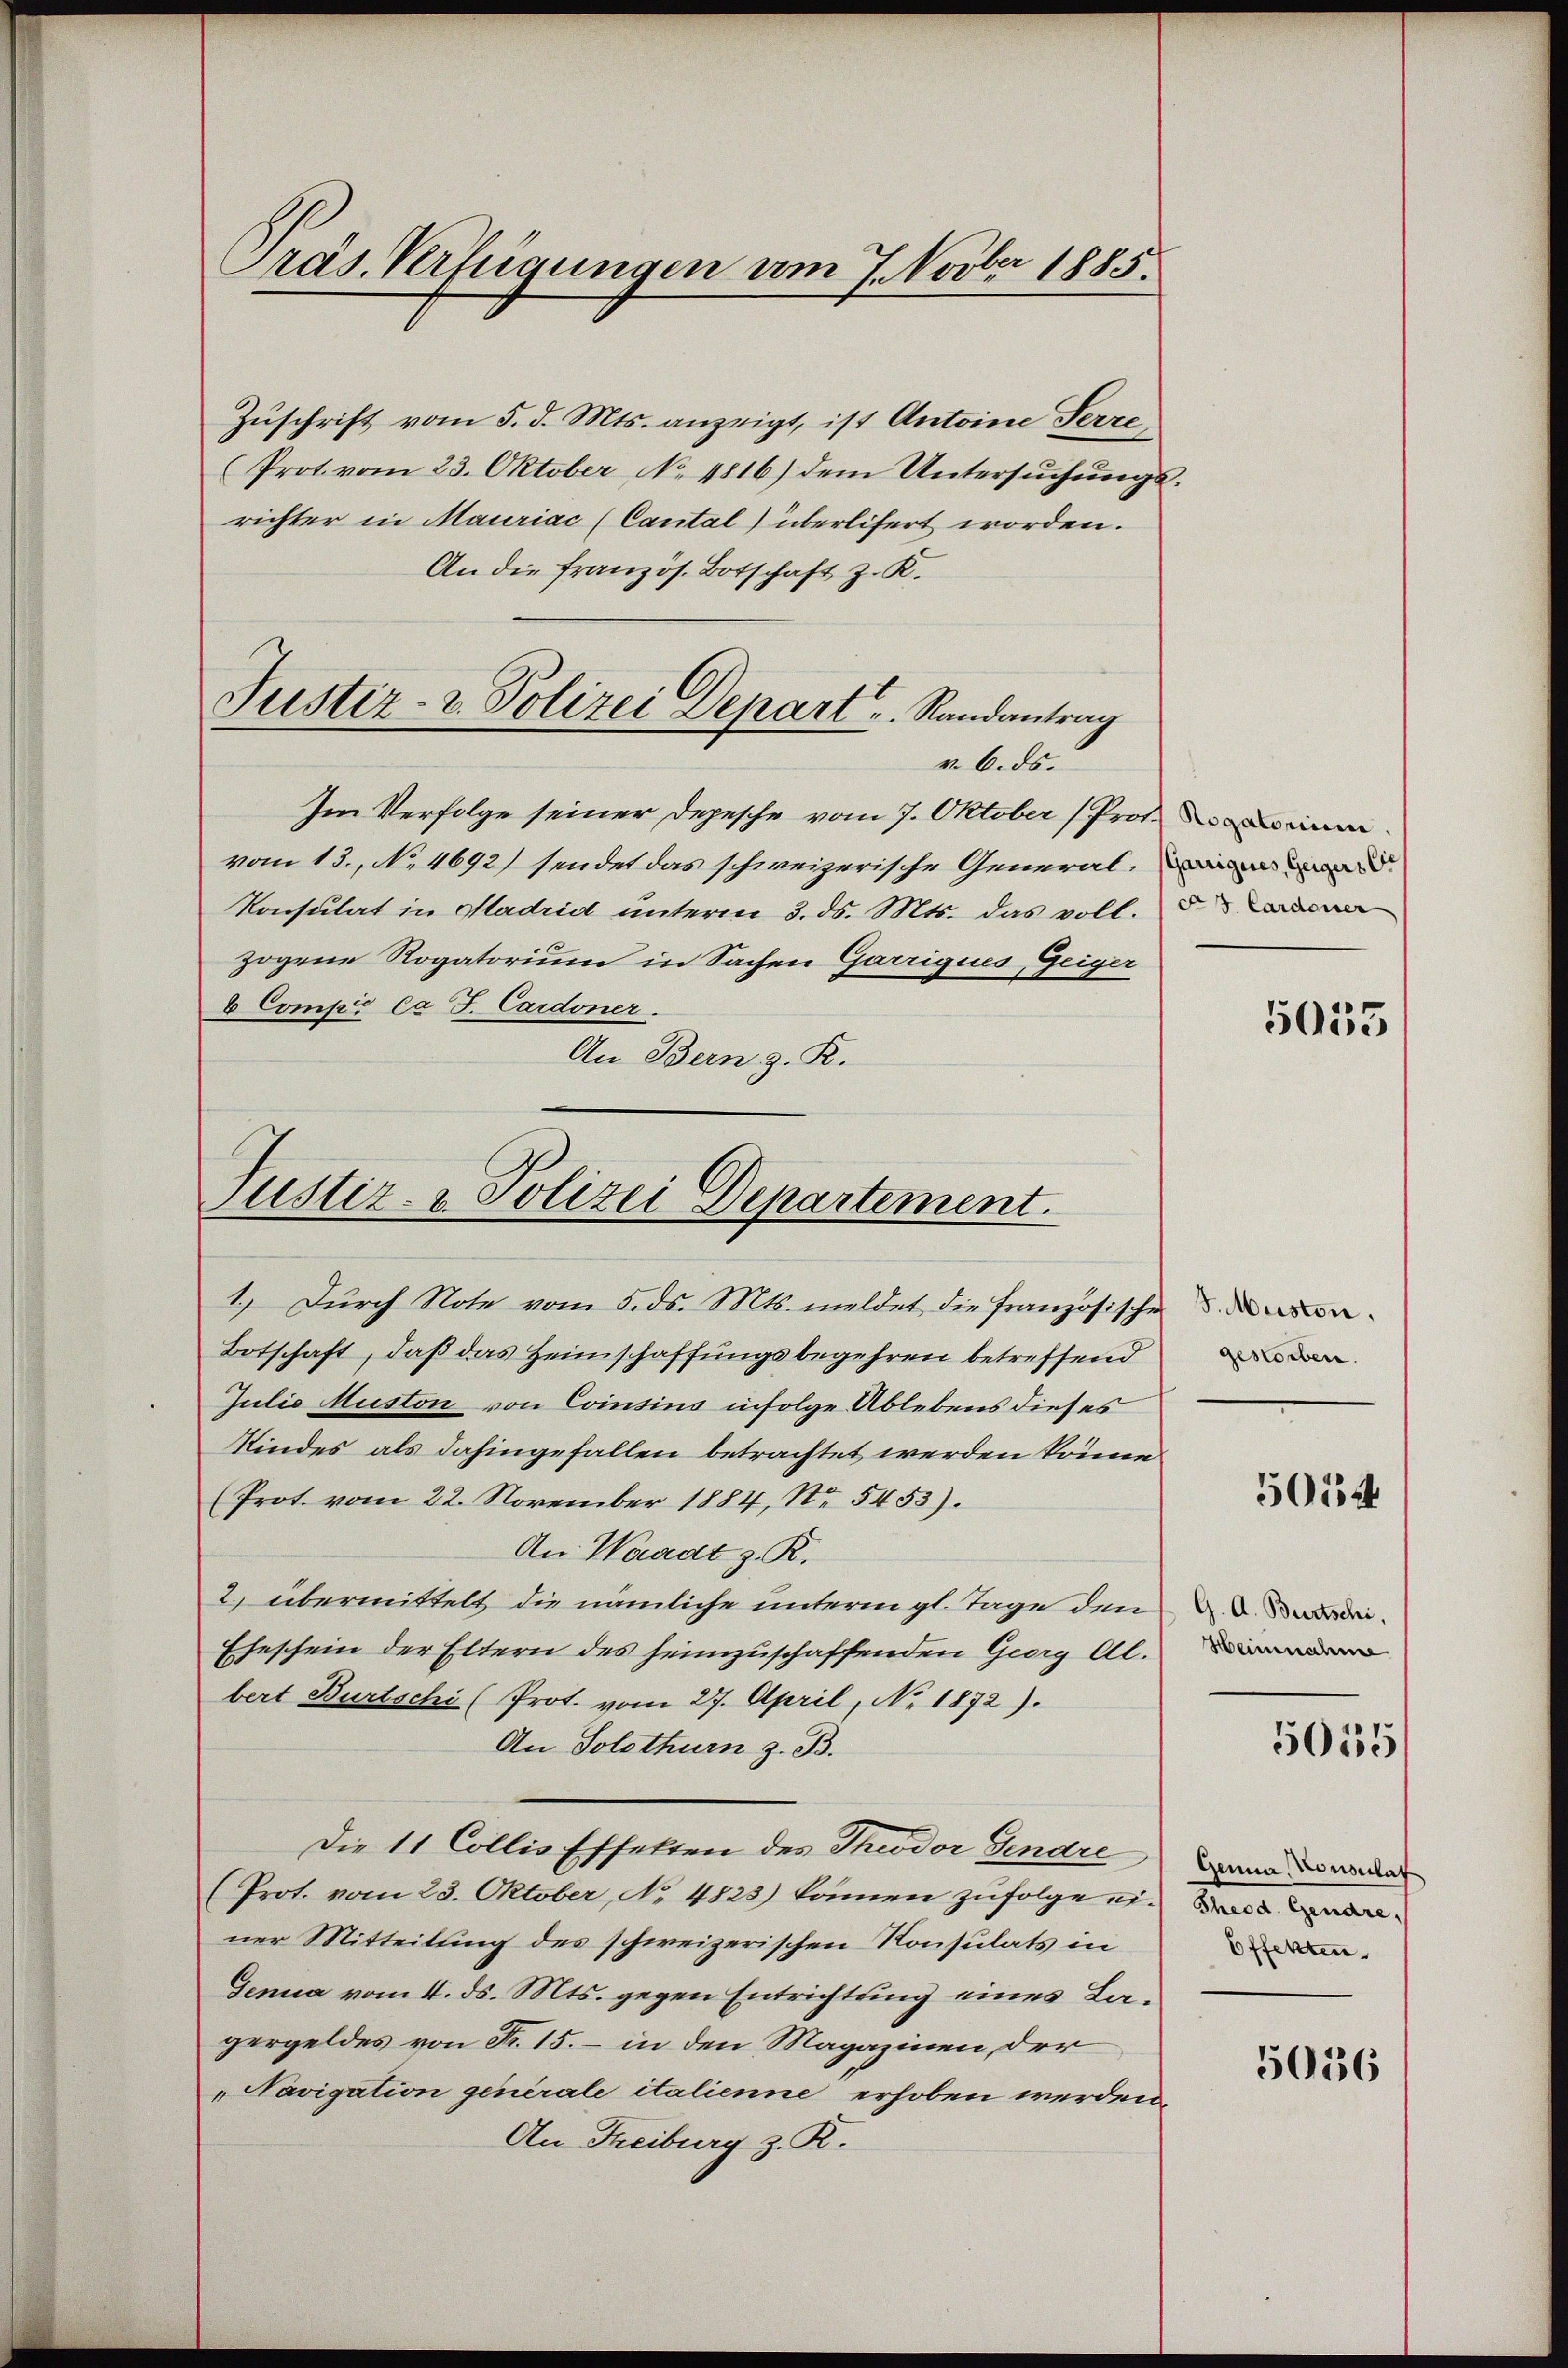
Präs. Verfügungen am 7. Novber 1885.

Zuschrift vom 5. d. Mts. anzeigt, ist Antoine Serze
Prot. vom 23. Oktober No 4816) dem Untersuchungsrichter in Mauriac (Cantal überlifert worden.
An die französ. Botschaft z. R.
v. 6. ds.
Im Verfolge seiner Depesche vom 7. Oktober (Prof. in
vom 13. No. 4692) sendet das schweizerische General¬
Konsulat in Madrid unterm 3. ds. Mts. das voll.
zogene Rogatorium in Sachen Garriques Geiger
b Compir ca J. Cardoner.
An Bern z. R.

Justiz- & Polizei Depart u. Randantrag

Justiz- & Polizei Departement.

1.) Dŭrch Note vom 5. ds. Mts. meldet die französischen

Botschaft, daß das Heimschaffungsbegehren betreffend
Julio Muston von Consins infolge Ablebens dieses
Kindes als dahingefallen betrachtet werden könne
(Prot. vom 22. November 1884, No. 5453).
An Waadt z. R.
2) übermittelt die nämliche unterm gl. Tage den
Eheschein der Eltern des heimzuschaffenden Georg Al.
bert Burtschi (Prot. vom 27. April, No. 1872).
An Solothurn z. B.
Die 11 Collis Effekten des Theodor Gendre
(Prot. vom 23. Oktober, No. 4823) können zufolge einer Mitteilung des schweizerischen Konsulats in
Genua vom 4. ds. Mts. gegen Entrichtung eines Lagergeldes von Fr. 15. – in den Magazinen, der
„Navigation generale italienne erhoben werden.
An Freiburg z. R.

Garrigues, Geigers C
As Cardener

5055

gestorben.

5014

G. A. Burtschi,
Heinnahme

5015

Genua, Konsulat
Theod. Gendre,
Effekten.

5056